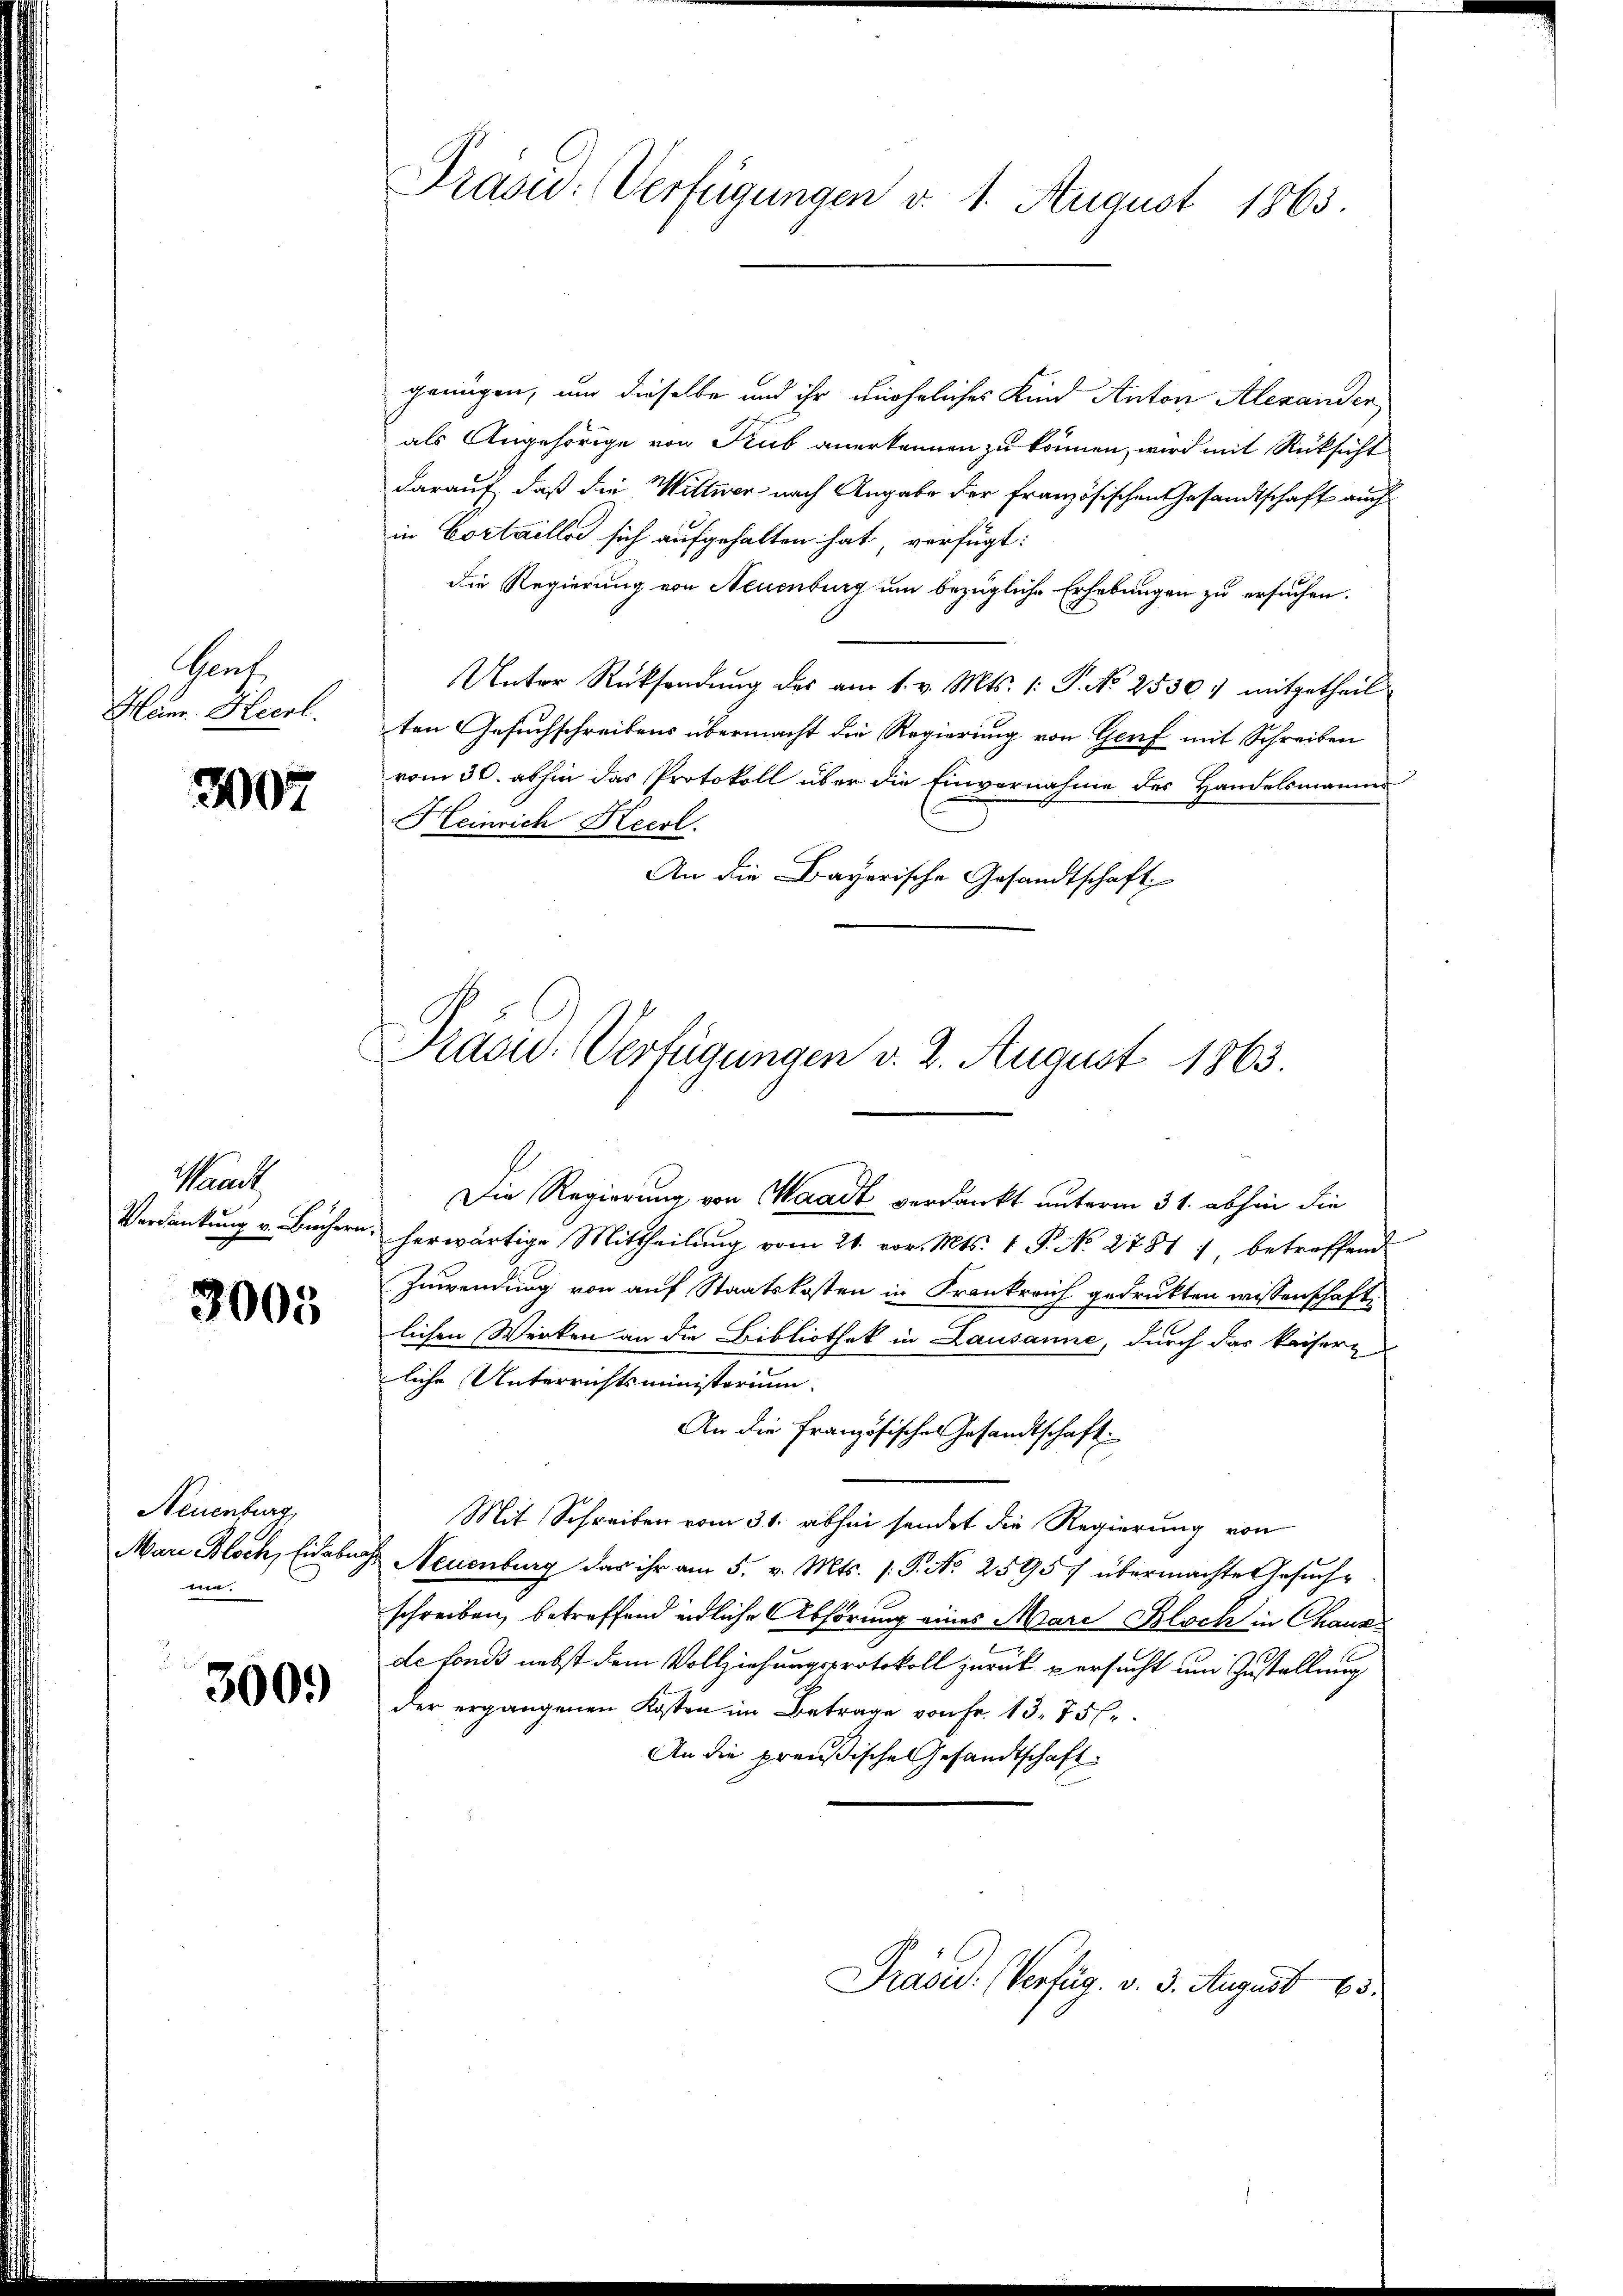
Gruf
Mann. Hecrl.

3007

Maach
Verdankung v. Büchern

2005

Neuenburg,
Mare Bloch, Eid aber
e

3009

Präsid. Verfügungen d. 1. August 1863.

genügen, um dieselbe und ihr unehrliches Kind Anton Alexander
als Angehörige von Trub anerkennen zu können, wird mit Rücksicht
darauf, daß die Wittwer nach Angabe der Französischen Gesandtschaft auch
in Cortaillos sich aufgehalten hat verfügt:
die Regierung von Neuenburg um bezügliche Erhebungen zu ersuchen.
Unter Rücksendung des am 1. v. Mts. 1: P. No 2530) mitgetheil
ten Gesuchschreibens übermacht die Regierung von Genf mit Schreiben
vom 30. abhin das Protokoll über die Einvernahme des Handelsmannes
Heinrich Kecrl.
An die Bayerische Gesandtschaft

Prasic: Verfügungen d. 2. August 1863.

Die Regierung von Waadt verdankt unterm 31. abhin die
herwärtige Mittheilung vom 21. vor. Mts. 1 P. No 2781 1 betreffend
Zuwendung von auf Staatskosten in Frankreich gedrukten wissenschaft,
lichen Werken an die Bibliothek in Lausanne, durch das kaisern
liche Unterrichtsministerium
An die Französischen Gesandtschaft.
Mit Schreiben vom 31. abhin sendet die Regierung von
Neuenburg das ihr am 5. v. Mts. /: P. Nr. 25957 übermachte Gesŭch-
schreiben, betreffend endliche Abhörung eines Mare Bloch in Chausde fonds nebst dem Vollziehungsprotokoll zurück versucht um Zustellung
der ergangenen Kosten im Betrage von Fr. 13. 756.
An die preußische Gesandtschaft

Präsid. (Verfüg. v. 3. August 185